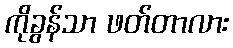
ကိုခွန်သာ ဖတ်တာလား